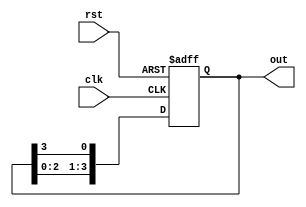
module ring_counter #(
    parameter N = 4 // Number of bits in the ring counter
)(
    input wire clk,          // Clock input
    input wire rst,          // Asynchronous reset
    output reg [N-1:0] out   // Output representing current state
);

// State transition logic
always @(posedge clk or posedge rst) begin
    if (rst) begin
        // Reset to the initial state (first bit set to 1)
        out <= 1'b1;
    end else begin
        // Shift the '1' to the next flip-flop
        out <= {out[N-2:0], out[N-1]};
    end
end

endmodule